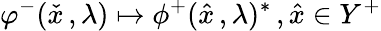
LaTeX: \varphi^{-}({\check{x}}\, ,\lambda)\mapsto\phi^{+}({\hat{x}}\, ,\lambda)^{*}\, ,{\hat{x}}\in Y^{+}